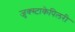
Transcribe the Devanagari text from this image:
जुक्स्टाकेपिलरी